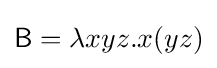
{\mathsf {B}}=\lambda xyz.x(yz)